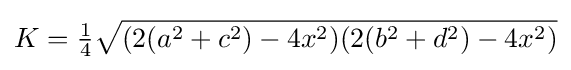
K={\tfrac {1}{4}}{\sqrt {(2(a^{2}+c^{2})-4x^{2})(2(b^{2}+d^{2})-4x^{2})}}